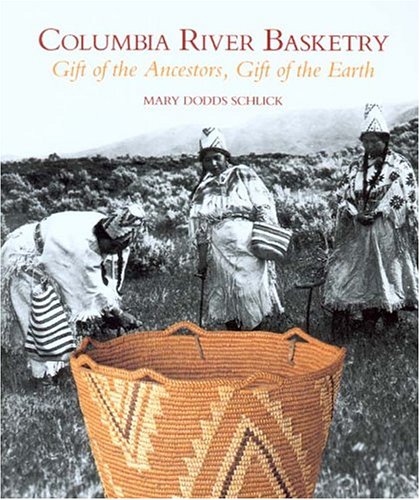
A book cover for Columbia River Basketry: Gift of the Ancestors, Gift of the Earth (Samuel and Althea Stroum Books); Mary Dodds Schlick; Crafts, Hobbies & Home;